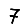
Digit: 7